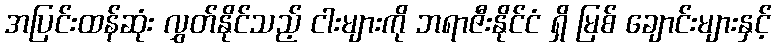
အပြင်းထန်ဆုံး လွှတ်နိုင်သည့် ငါးများကို ဘရာဇီးနိုင်ငံ ရှိ မြစ် ချောင်းများနှင့်